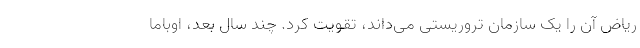
ریاض آن را یک سازمان تروریستی می‌داند، تقویت کرد. چند سال بعد، اوباما